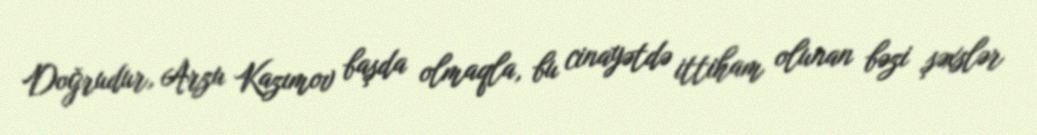
Doğrudur, Arzu Kazımov başda olmaqla, bu cinayətdə ittiham olunan bəzi şəxslər